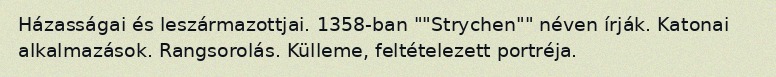
Házasságai és leszármazottjai. 1358-ban ""Strychen"" néven írják. Katonai alkalmazások. Rangsorolás. Külleme, feltételezett portréja.